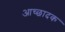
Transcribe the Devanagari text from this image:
आच्छादक